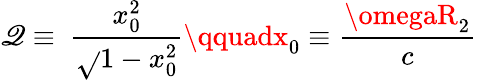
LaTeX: \mathscr{Q}\equiv\ \frac{{x_{0}^{2}}}{{\sqrt{}{{1-x_{0}^{2}}}}}\qquadx_{0}\equiv\frac{{\omegaR_{2}}}{c}